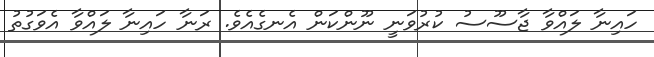
ހައިނާ ލައްވާ ޖާސޫސު ކުރުވަނީ ނޫންކަން އެނގެއެވެ. ރަނާ ހައިނާ ލައްވާ އެވަގުތު